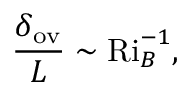
\frac { \delta _ { \mathrm { o v } } } { L } \sim \ensuremath { \mathrm { R i } _ { B } } ^ { - 1 } ,